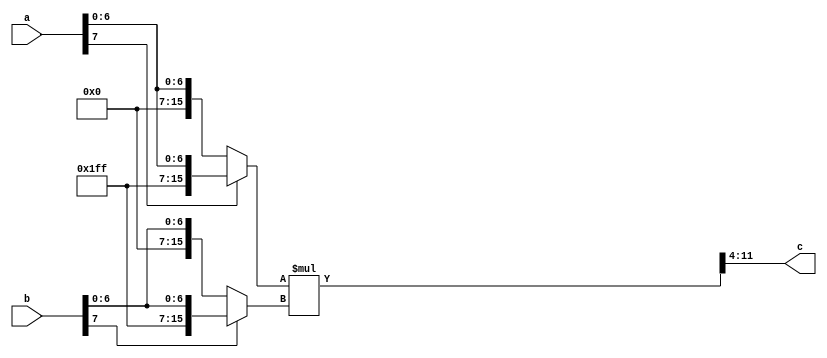
`timescale 1ns / 1ps

module multiply(a,b,c);

parameter width=8;
parameter decimal=4;

input [width-1:0] a,b;
output [width-1:0] c;

reg[width*2-1:0] mul0; // double-width of a.
reg[width*2-1:0] mul1; // double-width of b.
wire[width*2-1:0] ones; // double-width of ones.
wire[width*2-1:0] ab; // intermediate result of a * b.

assign ones=(~0);

//your code here=============
always @(*) begin
if (a[width-1] == 1'b1)
	mul0 =  {{width{1'b1}},a[width-1:0]};
else mul0 =  {{width{1'b0}},a[width-1:0]};
if (b[width-1] == 1'b1)
	mul1 =  {{width{1'b1}},b[width-1:0]};
else mul1 =  {{width{1'b0}},b[width-1:0]};
end
//your code here=============
assign	ab = mul0*mul1;
assign c=ab[width-1+decimal:decimal];

endmodule